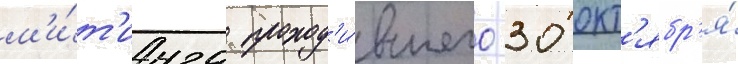
м'и́т'инга проход'и́вшего 30 окт'ябр'я́